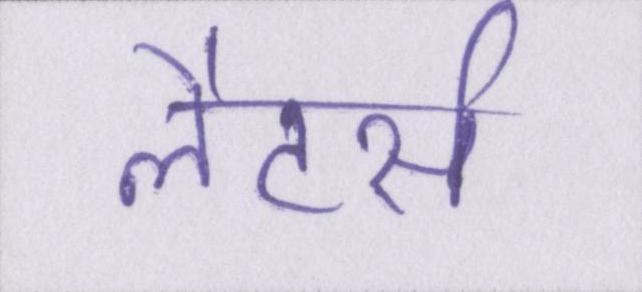
लैटर्स